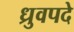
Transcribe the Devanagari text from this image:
ध्रुवपदे